King Institute of Preventive Medicine Bacteriolog. Section reports 1907-08
Year: 1907
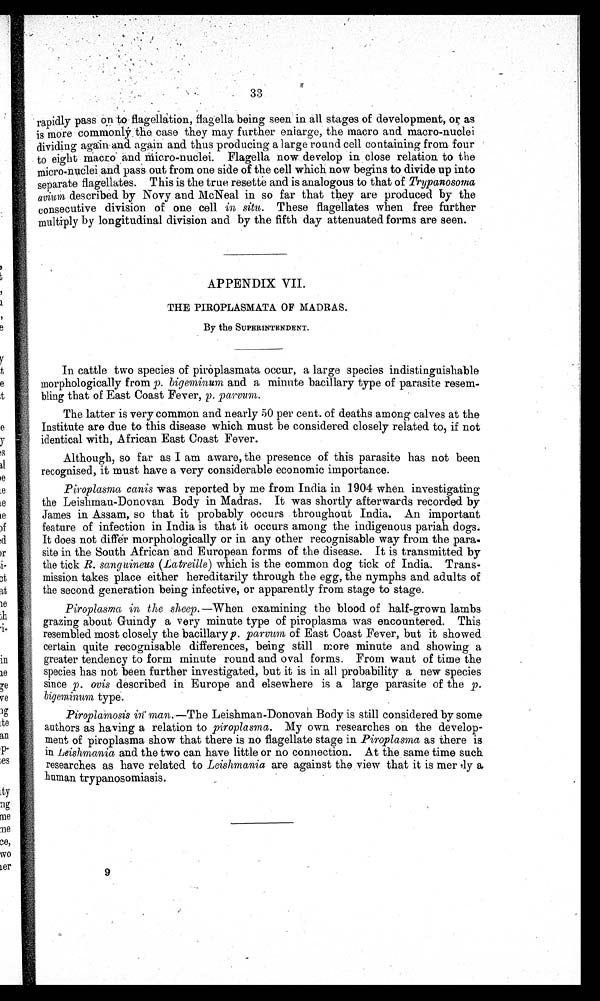
rapidly pass on to flagellation, flagella being seen in all stages of development, or as
is more commonly the case they may further enlarge, the macro and macro-nuclei
dividing again and again and thus producing a large round cell containing from four
to eight macro and Micro-nuclei. Flagella now develop in close relation to the
micro-nuclei and pass out from one side of the cell which now begins to divide up into
separate flagellates. This is the true resette and is analogous to that of T r y p a n o s o m a
avium described by Novy and McNeal in so far that they are produced by the
consecutive division of one cell in situ. These flagellates when free further
multiply by longitudinal division and by the fifth day attenuated forms are seen.
APPENDIX VII.
THE PIROPLASMATA OF MADRAS.
By the SUPERINTENDENT.
In cattle two species of piroplasmata occur, a large species indistinguishable
morphologically from p. bigeminum and a minute bacillary type of parasite resem
bling that of East Coast Fever, p. par vum
The latter is very common and nearly 50 per cent. of deaths among calves at the
Institute are due to this disease which must be considered closely related to, if not
identical with, African East Coast Fever.
Although, so far as I am aware, the presence of this parasite has not been
recognised, it must have a very considerable economic importance.
Piroplasma Canis was reported by me from India in 1904 when investigating
the Leishman-Donovan Body in Madras. It was shortly afterwards recorded by
James in Assam, so that it probably occurs throughout India. An important
feature of infection in India is that it occurs among the indigenous pariah dogs.
It does not differ morphologically or in any other recognisable way from the para-
site in the South African and European forms of the disease. It is transmitted by
the tick R. sanguineus (Latreille) which is the common dog tick of India. Trans-
mission takes place either hereditarily through the egg, the nymphs and adults of
the second generation being infective, or apparently from stage to stage.
Piroplasma in the sheep—When examining the blood of half-grown lambs
grazing about Guindy a very minute type of piroplasma was encountered. This
resembled most closely the bacillary p. parvum of East Coast Fever, but it showed
certain quite recognisable differences, being still more minute and showing a
greater tendency to form minute round and oval forms. From want of time the
species has not been further investigated, but it is in all probability a new species
since p. ovis described in Europe and elsewhere is a large parasite of the p.
bigeminum type.
Piroplamosis in man —The Leishman-Donovan. Body is still considered by some
authors as having a relation to piroplasma. My own researches on the develop-
ment of piroplasma show that there is no flagellate stage in Piroplasma as there is
in Leishmania and the two can have little or no connection. At the same time such
researches as have related to Leishmania are against the view that it is merply a
human trypanosomiasis.
9